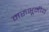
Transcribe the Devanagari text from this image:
मरुभूमीय